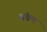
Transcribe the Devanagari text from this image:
श्रंवण